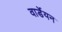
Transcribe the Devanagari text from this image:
वार्डेयन